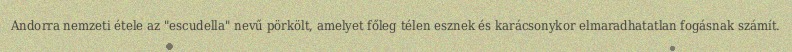
Andorra nemzeti étele az "escudella" nevű pörkölt, amelyet főleg télen esznek és karácsonykor elmaradhatatlan fogásnak számít.